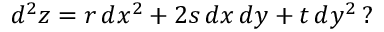
d ^ { 2 } z = r \, d x ^ { 2 } + 2 s \, d x \, d y + t \, d y ^ { 2 } \, ?